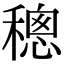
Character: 𥡥